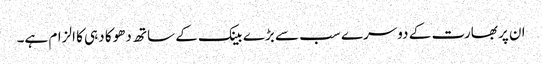
ان پر بھارت کے دوسرے سب سے بڑے بینک کے ساتھ دھوکا دہی کا الزام ہے۔